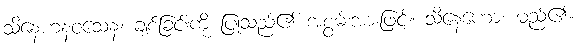
သိနေဟနဝသေန၊ ချစ်ခြင်းကို ပြုသည်၏ အစွမ်းအားဖြင့်။ သိနေဟော၊ မည်၏။